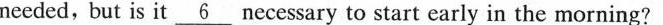
needed, but is it \underline{6} necessary to start early in the morning?